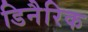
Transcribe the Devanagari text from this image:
डिनैरिक